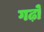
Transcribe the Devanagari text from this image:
गढ़ो